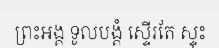
ព្រះអង្គ ទូលបង្គំ ស្ទើរតែ ស្ទុះ